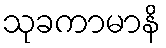
သုခကာမာနိ